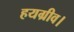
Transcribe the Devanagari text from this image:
हयग्रीव।